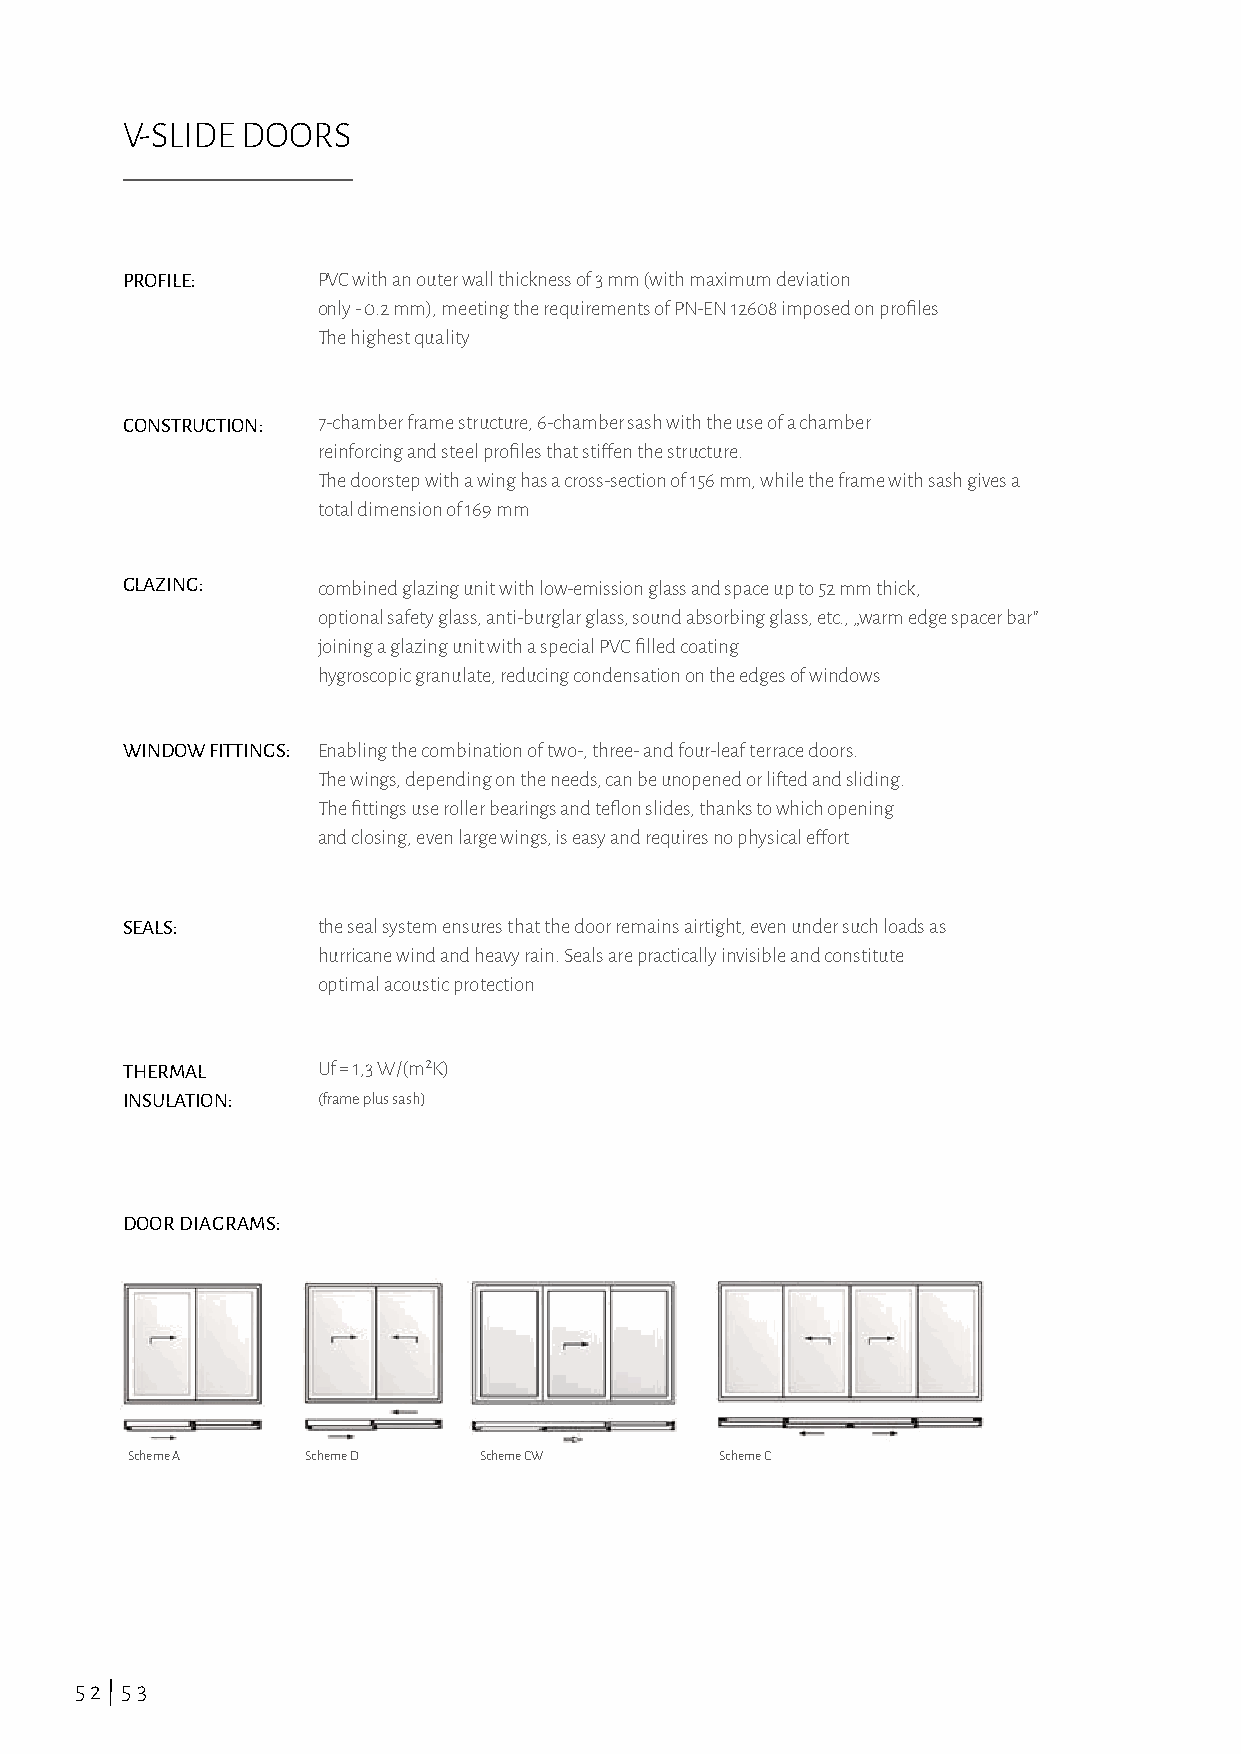
V-SLIDE DOORS
 PROFILE:     PVC with an outer wall thickness of 3 mm (with maximum deviation
 only - 0.2 mm), meeting the requirements of PN-EN 12608 imposed on profiles
 The highest quality
 CONSTRUCTION: 7-chamber frame structure, 6-chamber sash with the use of a chamber
 reinforcing and steel profiles that stiffen the structure.
 The doorstep with a wing has a cross-section of 156 mm, while the frame with sash gives a
 total dimension of 169 mm
 GLAZING:     combined glazing unit with low-emission glass and space up to 52 mm thick,
 optional safety glass, anti-burglar glass, sound absorbing glass, etc., „warm edge spacer bar”
 joining a glazing unit with a special PVC filled coating
 hygroscopic granulate, reducing condensation on the edges of windows
 WINDOW FITTINGS: Enabling the combination of two-, three- and four-leaf terrace doors.
 The wings, depending on the needs, can be unopened or lifted and sliding.
 The fittings use roller bearings and teflon slides, thanks to which opening
 and closing, even large wings, is easy and requires no physical effort
 SEALS:       the seal system ensures that the door remains airtight, even under such loads as
 hurricane wind and heavy rain. Seals are practically invisible and constitute
 optimal acoustic protection
 THERMAL      Uf = 1,3 W/(m²K)
 INSULATION:  (frame plus sash)
 DOOR DIAGRAMS:
 Scheme A    Scheme D    Scheme CW       Scheme C
 52|53